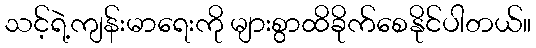
သင့်ရဲ့ကျန်းမာရေးကို များစွာထိခိုက်စေနိုင်ပါတယ်။